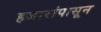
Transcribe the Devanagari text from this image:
हजारांपासून